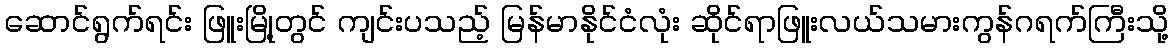
ဆောင်ရွက်ရင်း ဖြူးမြို့တွင် ကျင်းပသည့် မြန်မာနိုင်ငံလုံး ဆိုင်ရာဖြူးလယ်သမားကွန်ဂရက်ကြီးသို့